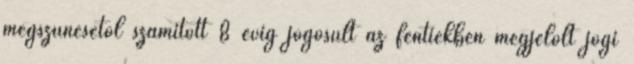
megszűnésétől számított 8 évig jogosult az fentiekben megjelölt jogi